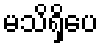
မသိရှိပေ